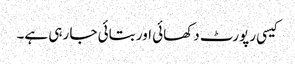
کیسی رپورٹ دکھائی اور بتائی جا رہی ہے۔